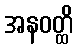
အနဝတ္ထိ